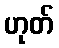
ဟုတ်